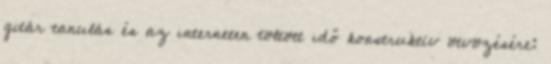
gitár tanulás és az interneten töltött idő konstruktív ötvözésére: